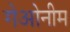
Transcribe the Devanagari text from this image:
गेओनीम